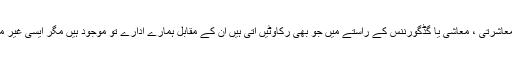
ہمارے سامنے بین الاقوامی یا اندرونی طور پر سکیورٹی ، معاشرتی ، معاشی یا گڈگورننس کے راستے میں جو بھی رکاوٹیں آتی ہیں ان کے مقابل ہمارے ادارے تو موجود ہیں مگر ایسی غیر متوازن حالت میں ہیں کہ مطلوبہ نتائج حاصل نہیں ہو پا رہے۔